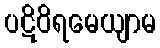
ပဋိဝိရမေယျာမ